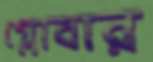
গ্লোবার